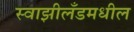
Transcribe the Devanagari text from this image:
स्वाझीलँडमधील